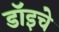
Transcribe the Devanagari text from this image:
डॉइचे